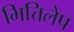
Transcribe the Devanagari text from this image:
भित्तिलेप